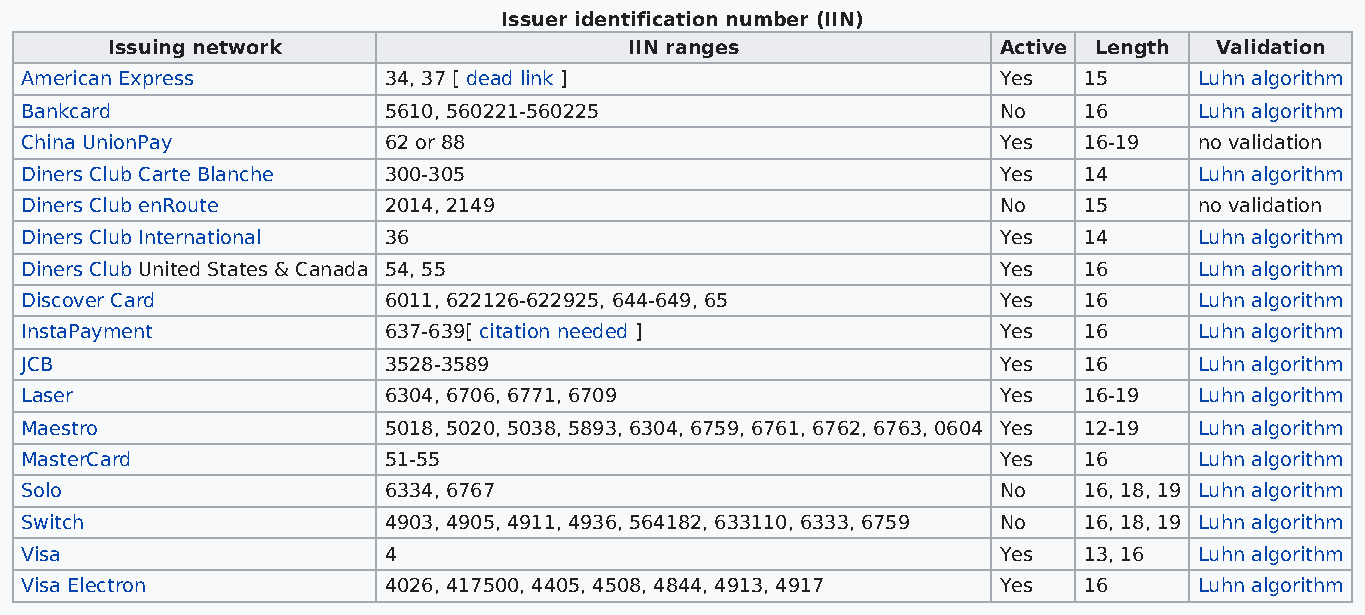
Issuer identification number (IIN)
 Issuing network                    IIN ranges              Active Length Validation
 American Express        34, 37 [ dead link ]                     Yes   15     Luhn algorithm
 Bankcard                5610, 560221-560225                      No    16     Luhn algorithm
 China UnionPay          62 or 88                                 Yes   16-19  no validation
 Diners Club Carte Blanche 300-305                                Yes   14     Luhn algorithm
 Diners Club enRoute     2014, 2149                               No    15     no validation
 Diners Club International 36                                     Yes   14     Luhn algorithm
 Diners Club United States & Canada 54, 55                        Yes   16     Luhn algorithm
 Discover Card           6011, 622126-622925, 644-649, 65         Yes   16     Luhn algorithm
 InstaPayment            637-639[ citation needed ]               Yes   16     Luhn algorithm
 JCB                     3528-3589                                Yes   16     Luhn algorithm
 Laser                   6304, 6706, 6771, 6709                   Yes   16-19  Luhn algorithm
 Maestro                 5018, 5020, 5038, 5893, 6304, 6759, 6761, 6762, 6763, 0604 Yes 12-19 Luhn algorithm
 MasterCard              51-55                                    Yes   16     Luhn algorithm
 Solo                    6334, 6767                               No    16, 18, 19 Luhn algorithm
 Switch                  4903, 4905, 4911, 4936, 564182, 633110, 6333, 6759 No 16, 18, 19 Luhn algorithm
 Visa                    4                                        Yes   13, 16 Luhn algorithm
 Visa Electron           4026, 417500, 4405, 4508, 4844, 4913, 4917 Yes 16     Luhn algorithm